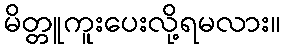
မိတ္တူကူးပေးလို့ရမလား။